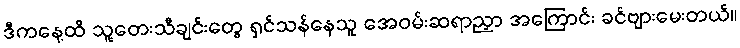
ဒီကနေ့ထိ သူ့တေးသီချင်းတွေ ရှင်သန်နေသူ အေဝမ်းဆရာညှာ အကြောင်း ခင်ဗျားမေးတယ်။